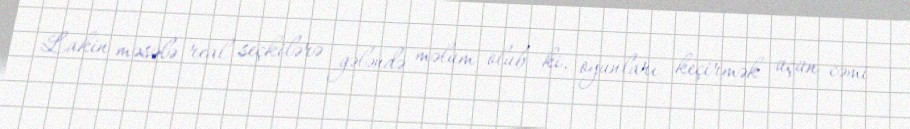
Lakin məsələ real seçkilərə gələndə məlum olub ki, oyunları keçirmək üçün cəmi